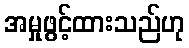
အမှုဖွင့်ထားသည်ဟု